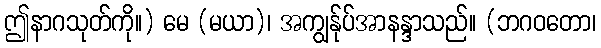
ဤနာဂသုတ်ကို။) မေ (မယာ)၊ အကျွန်ုပ်အာနန္ဒာသည်။ (ဘဂဝတော၊